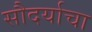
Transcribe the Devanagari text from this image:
सौदर्याचा